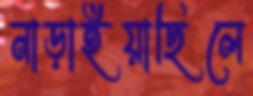
নাড়াইয়াছিলে